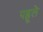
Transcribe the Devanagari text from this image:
पह्रूले